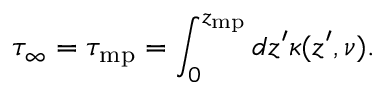
\tau _ { \infty } = \tau _ { \mathrm { m p } } = \int _ { 0 } ^ { z _ { \mathrm { m p } } } d z ^ { \prime } \kappa ( z ^ { \prime } , \nu ) .